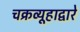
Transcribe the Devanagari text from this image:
चक्रव्यूहाद्वारे